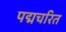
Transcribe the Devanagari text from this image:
पद्मचरित